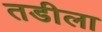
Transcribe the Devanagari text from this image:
तडीला